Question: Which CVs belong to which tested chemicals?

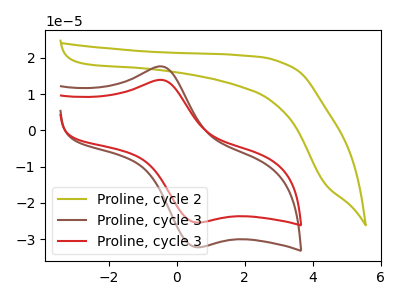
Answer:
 <answer>The olive curve is labeled "Proline, cycle 2". The brown curve is labeled "Proline, cycle 3". The red curve is labeled "Proline, cycle 3".</answer>
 <eval></eval>